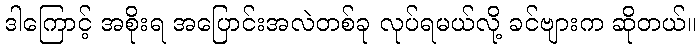
ဒါကြောင့် အစိုးရ အပြောင်းအလဲတစ်ခု လုပ်ရမယ်လို့ ခင်ဗျားက ဆိုတယ်။